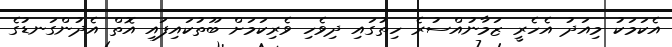
އެކަމަކު މިއަދު އެހެރީ ޒަމާނުއްސުރެ ހިތުގައި ދިވެހި ވެރިކަމަށް ބޫތުކައިފައި އޮތް އެދުންގަނޑުގެ